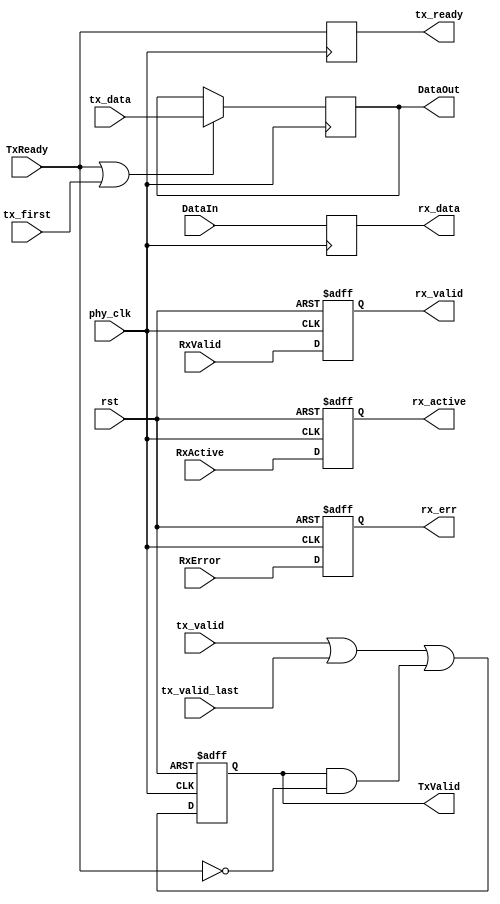
module usb1_utmi_if( // UTMI Interface (EXTERNAL)
		phy_clk, rst,
		DataOut, TxValid, TxReady,
		RxValid, RxActive, RxError, DataIn,

		// Internal Interface
		rx_data, rx_valid, rx_active, rx_err,
		tx_data, tx_valid, tx_valid_last, tx_ready,
		tx_first

	);

	input       phy_clk;
	input       rst;

	output  [7:0]   DataOut;
	output      TxValid;
	input       TxReady;

	input   [7:0]   DataIn;
	input       RxValid;
	input       RxActive;
	input       RxError;


	output  [7:0]   rx_data;
	output      rx_valid, rx_active, rx_err;
	input   [7:0]   tx_data;
	input       tx_valid;
	input       tx_valid_last;
	output      tx_ready;
	input       tx_first;

///////////////////////////////////////////////////////////////////
//
// Local Wires and Registers
//
	reg [7:0]   rx_data;
	reg     rx_valid, rx_active, rx_err;
	reg [7:0]   DataOut;
	reg     tx_ready;
	reg     TxValid;

///////////////////////////////////////////////////////////////////
//
// Misc Logic
//


///////////////////////////////////////////////////////////////////
//
// RX Interface Input registers
//

	always @(posedge phy_clk or negedge rst)
		if(!rst)    rx_valid <= #1 1'b0;
		else        rx_valid <= #1 RxValid;

	always @(posedge phy_clk or negedge rst)
		if(!rst)    rx_active <= #1 1'b0;
		else        rx_active <= #1 RxActive;

	always @(posedge phy_clk or negedge rst)
		if(!rst)    rx_err <= #1 1'b0;
		else        rx_err <= #1 RxError;

	always @(posedge phy_clk)
		rx_data <= #1 DataIn;

///////////////////////////////////////////////////////////////////
//
// TX Interface Output/Input registers
//

	always @(posedge phy_clk)
		if(TxReady | tx_first)  DataOut <= #1 tx_data;

	always @(posedge phy_clk)
		tx_ready <= #1 TxReady;

	always @(posedge phy_clk or negedge rst)
		if(!rst)    TxValid <= #1 1'b0;
		else
			TxValid         <= #1 tx_valid | tx_valid_last | (TxValid & !TxReady);

endmodule